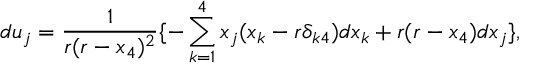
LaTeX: d u _ { j } = \frac 1 { r ( r - x _ { 4 } ) ^ { 2 } } \{ - \sum _ { k = 1 } ^ { 4 } x _ { j } ( x _ { k } - r \delta _ { k 4 } ) d x _ { k } + r ( r - x _ { 4 } ) d x _ { j } \} ,